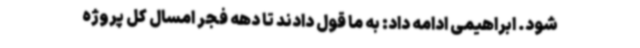
شود. ابراهیمی ادامه داد: به ما قول دادند تا دهه فجر امسال کل پروژه